Report of the Imperial Institute of Veterinary Research, Muktesar
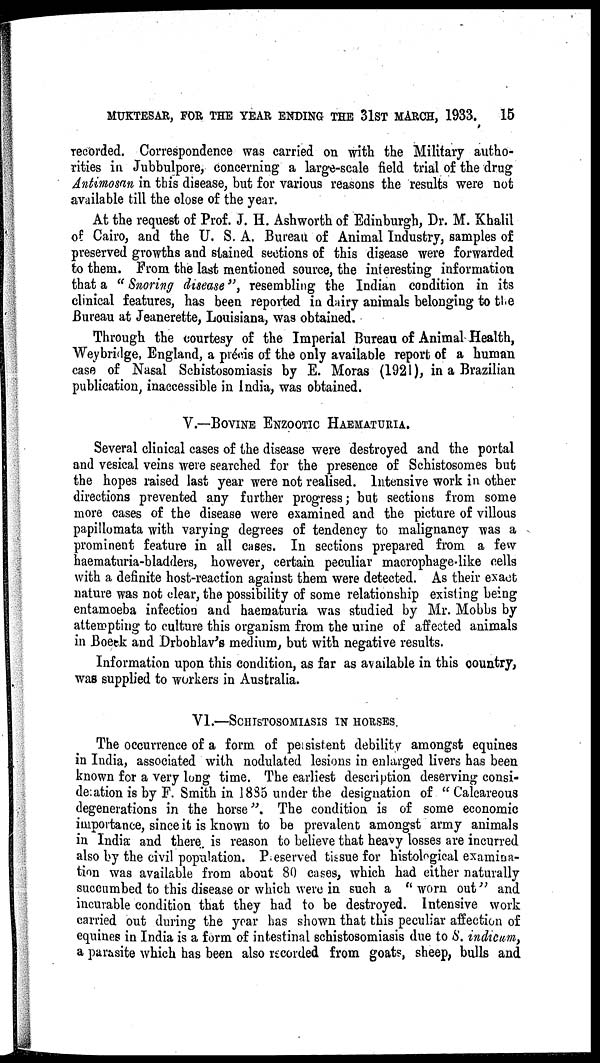
MUKTESAR, FOR THE YEAR ENDING THE 31ST MARCH, 1933.
15
recorded. Correspondence was carried on with the Military autho-
rities in Jubbulpore, concerning a large-scale field trial of the drug
Antimosan in this disease, but for various reasons the results were not
available till the close of the year.
At the request of Prof. J. H. Ashworth of Edinburgh, Dr. M. Khalil
of Cairo, and the U. S. A. Bureau of Animal Industry, samples of
preserved growths and stained sections of this disease were forwarded
to them. From the last mentioned source, the interesting information
that a " Snoring disease ", resembling the Indian condition in its
clinical features, has been reported in dairy animals belonging to the
Bureau at Jeanerette, Louisiana, was obtained.
Through the courtesy of the Imperial Bureau of Animal Health,
Weybridge, England, a précis of the only available report of a human
case of Nasal Schistosomiasis by E. Moras (1921), in a Brazilian
publication, inaccessible in India, was obtained.
V.—BOVINE ENZOOTIC HAEMATURIA.
Several clinical cases of the disease were destroyed and the portal
and vesical veins were searched for the presence of Schistosomes but
the hopes raised last year were not realised. Intensive work in other
directions prevented any further progress; but sections from some
more cases of the disease were examined and the picture of villous
papillomata with varying degrees of tendency to malignancy was a
prominent feature in all cases. In sections prepared from a few
haematuria-bladders, however, certain peculiar macrophage-like cells
with a definite host-reaction against them were detected. As their exact
nature was not clear, the possibility of some relationship existing being
entamoeba infection and haematuria was studied by Mr. Mobbs by
attempting to culture this organism from the urine of affected animals
in Boeck and Drbohlav's medium, but with negative results.
Information upon this condition, as far as available in this country,
was supplied to workers in Australia.
VI.—SCHISTOSOMIASIS IN HORSES.
The occurrence of a form of persistent debility amongst equines
in India, associated with nodulated lesions in enlarged livers has been
known for a very long time. The earliest description deserving consi¬
deration is by F. Smith in 1885 under the designation of " Calcareous
degenerations in the horse". The condition is of some economic
importance, since it is known to be prevalent amongst army animals
in India and there is reason to believe that heavy losses are incurred
also by the civil population. Preserved tissue for histological examina-
tion was available from about 80 cases, which had either naturally
succumbed to this disease or which were in such a "worn out" and
incurable condition that they had to be destroyed. Intensive work
carried out during the year has shown that this peculiar affection of
equines in India is a form of intestinal schistosomiasis due to S. indicum,
a parasite which has been also recorded from goats, sheep, bulls and